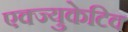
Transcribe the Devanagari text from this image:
एक्ज्युकेटिव